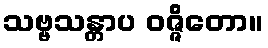
သဗ္ဗသန္တာပ ဝဇ္ဇိတော။